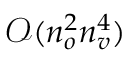
\mathcal { O } ( n _ { o } ^ { 2 } n _ { v } ^ { 4 } )